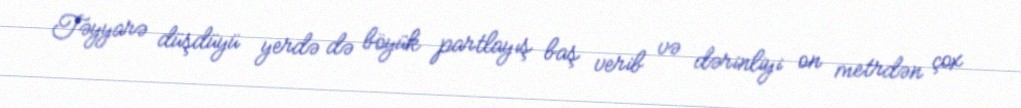
Təyyarə düşdüyü yerdə də böyük partlayış baş verib və dərinliyi on metrdən çox